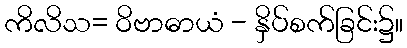
ကိလိသ= ဝိဗာဓာယံ - နှိပ်စက်ခြင်း၌။